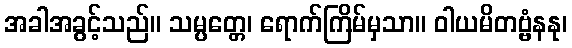
အခါအခွင့်သည်။ သမ္ပတ္တေ၊ ရောက်ကြိမ်မှသာ။ ဝါယမိတဗ္ဗံနနု၊